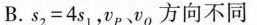
B.s_{2}=4s_{1}，v_{P}、v_{Q}方向不同